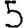
Digit: 5